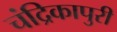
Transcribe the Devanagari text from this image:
चंद्रिकापुरी